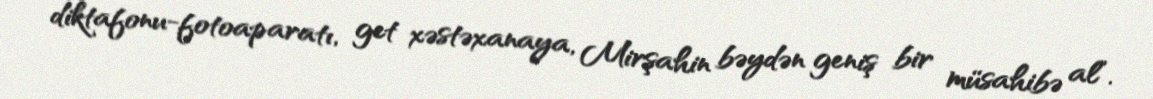
diktafonu-fotoaparatı, get xəstəxanaya, Mirşahin bəydən geniş bir müsahibə al”.